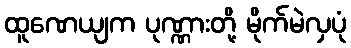
ထူဏေယျက ပုဏ္ဏားတို့ မိုက်မဲလှပုံ